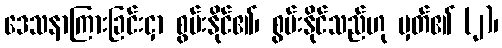
ဒေသနာကြားခြင်းငှာ စွမ်းနိုင်၏၊ စွမ်းနိုင်သည်ဟု မှတ်၏ (၂)၊